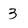
Character: 3